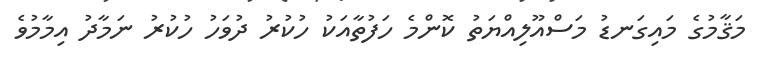
މަޤާމުގެ މައިގަނޑު މަސްއޫލިއްޔަތު ކޮންމެ ހަފުތާއަކު ހުކުރު ދުވަހު ހުކުރު ނަމާދު އިމާމުވެ